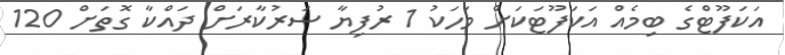
އަކަފޫޓްގެ ބިމެއް އަކަފޫޓަކަށް މަހަކު 1 ރުފިޔާ ސަރުކާރަށް ދައްކާ ގޮތަށް 120